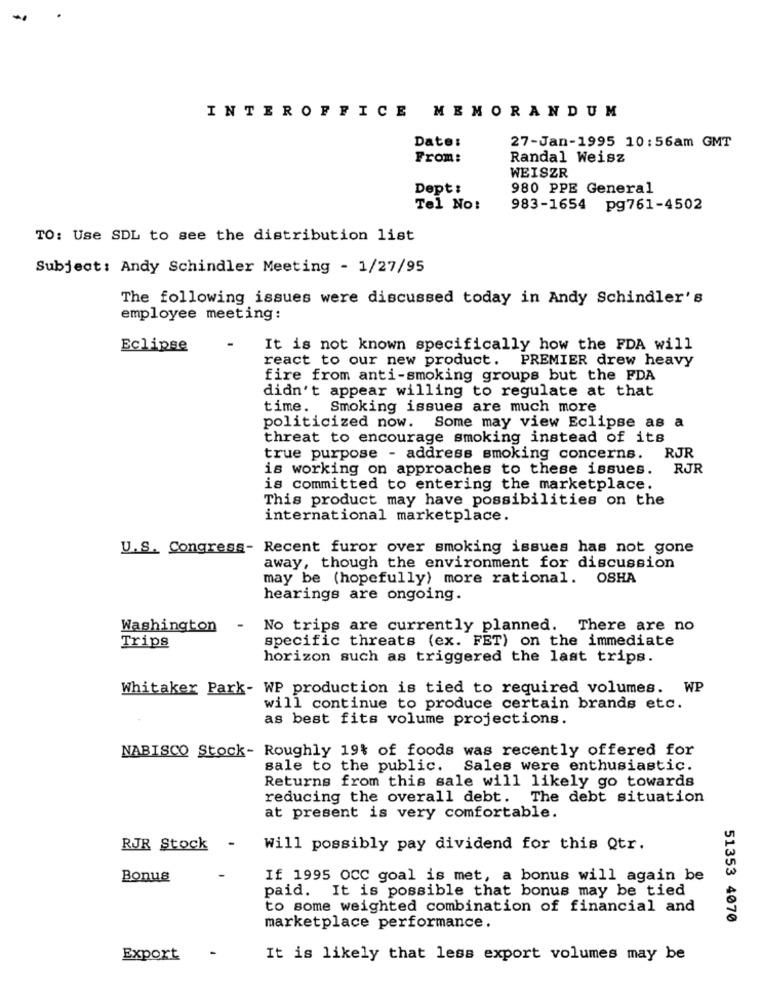
INTEROFFICE MEMORANDUM
Date:
27-Jan-1995 10:56am GMT
From:
Randal Weisz
WEISZR
Dept:
980 PPE General
Tel No:
983-1654 pg761-4502
TO: Use SDL to see the distribution list
Subject: Andy Schindler Meeting - 1/27/95
The following issues were discussed today in Andy Schindler's
employee meeting:
Eclipse
It is not known specifically how the FDA will
react to our new product. PREMIER drew heavy
fire from anti-smoking groups but the FDA
didn't appear willing to regulate at that
time. Smoking issues are much more
politicized now. Some may view Eclipse as a
threat to encourage smoking instead of its
true purpose - address smoking concerns.
RJR
is working on approaches to these issues.
RJR
is committed to entering the marketplace.
This product may have possibilities on the
international marketplace.
U.S. Congress- Recent furor over smoking issues has not gone
away, though the environment for discussion
may be (hopefully) more rational. OSHA
hearings are ongoing.
Washington
No trips are currently planned. There are no
Trips
specific threats (ex. FET) on the immediate
horizon such as triggered the last trips.
Whitaker Park- WP production is tied to required volumes. WP
will continue to produce certain brands etc.
as best fits volume projections.
NABISCO Stock- Roughly 19% of foods was recently offered for
sale to the public. Sales were enthusiastic.
Returns from this sale will likely go towards
reducing the overall debt. The debt situation
at present is very comfortable.
RJR Stock -
Will possibly pay dividend for this Qtr.
Bonus
If 1995 0CC goal is met, a bonus will again be
paid. It is possible that bonus may be tied
to some weighted combination of financial and
51353 4070
marketplace performance.
Export
It is likely that less export volumes may be